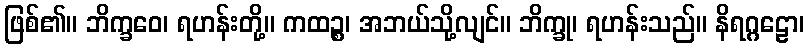
ဖြစ်၏။ ဘိက္ခဝေ၊ ရဟန်းတို့။ ကထဉ္စ၊ အဘယ်သို့လျင်။ ဘိက္ခု၊ ရဟန်းသည်။ နိရဂ္ဂဠော၊